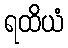
ရထိယံ